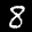
Label: 8